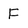
Character: F